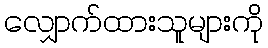
လျှောက်ထားသူများကို